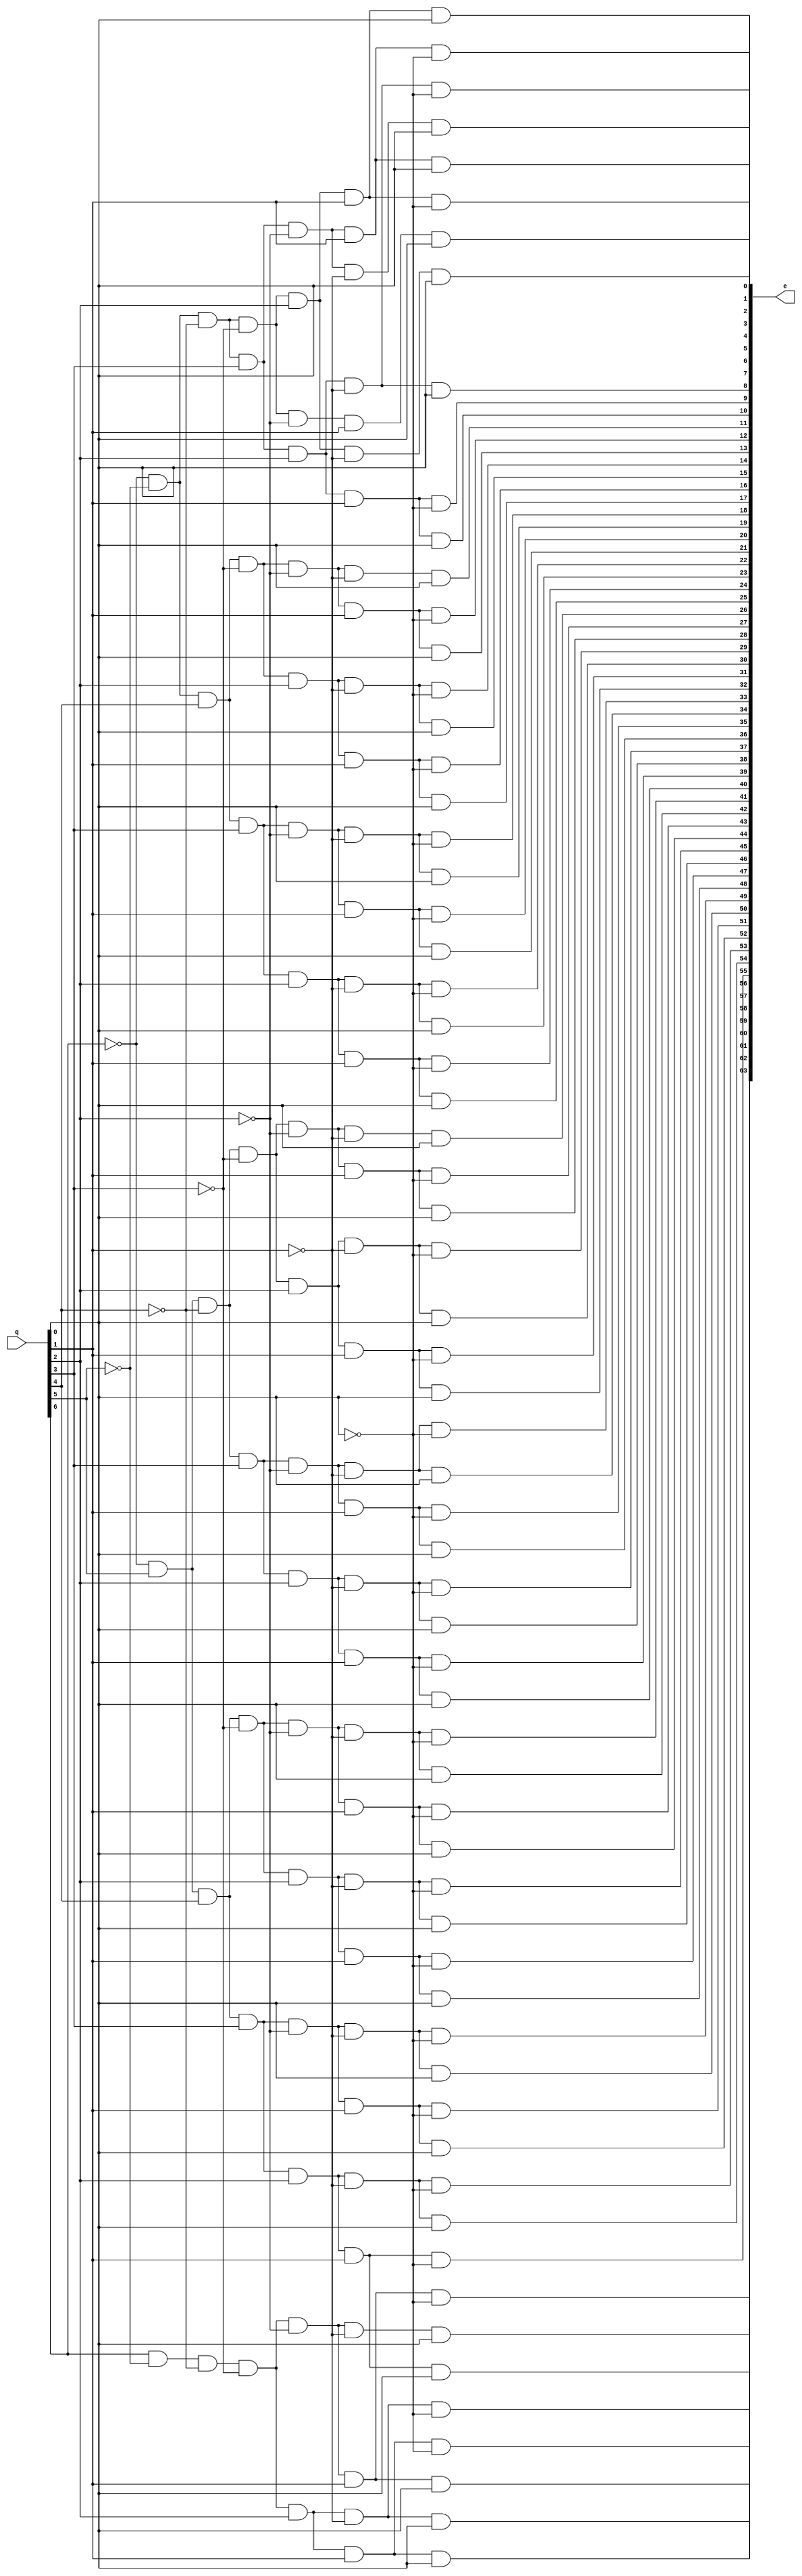
// ========== Copyright Header Begin ==========================================
// 
// OpenSPARC T1 Processor File: sparc_exu_ecc_dec.v
// Copyright (c) 2006 Sun Microsystems, Inc.  All Rights Reserved.
// DO NOT ALTER OR REMOVE COPYRIGHT NOTICES.
// 
// The above named program is free software; you can redistribute it and/or
// modify it under the terms of the GNU General Public
// License version 2 as published by the Free Software Foundation.
// 
// The above named program is distributed in the hope that it will be 
// useful, but WITHOUT ANY WARRANTY; without even the implied warranty of
// MERCHANTABILITY or FITNESS FOR A PARTICULAR PURPOSE.  See the GNU
// General Public License for more details.
// 
// You should have received a copy of the GNU General Public
// License along with this work; if not, write to the Free Software
// Foundation, Inc., 51 Franklin St, Fifth Floor, Boston, MA 02110-1301, USA.
// 
// ========== Copyright Header End ============================================
////////////////////////////////////////////////////////////////////////
/*
//  Module Name: sparc_exu_ecc_dec
//	Description:  Decodes the result from the ecc checking block
// 			into a 64 bit value that is used to correct single bit errors.
//			Correction is performed by e ^ data.
*/
module sparc_exu_ecc_dec (/*AUTOARG*/
   // Outputs
   e, 
   // Inputs
   q
   ) ; 
   input [6:0] q;
   output [63:0] e;

   assign e[0] = ~q[6] & ~q[5] & ~q[4] & ~q[3] & ~q[2] & q[1] & q[0];
   assign e[1] = ~q[6] & ~q[5] & ~q[4] & ~q[3] & q[2] & ~q[1] & q[0];
   assign e[2] = ~q[6] & ~q[5] & ~q[4] & ~q[3] & q[2] & q[1] & ~q[0];
   assign e[3] = ~q[6] & ~q[5] & ~q[4] & ~q[3] & q[2] & q[1] & q[0];
   assign e[4] = ~q[6] & ~q[5] & ~q[4] & q[3] & ~q[2] & ~q[1] & q[0];
   assign e[5] = ~q[6] & ~q[5] & ~q[4] & q[3] & ~q[2] & q[1] & ~q[0];
   assign e[6] = ~q[6] & ~q[5] & ~q[4] & q[3] & ~q[2] & q[1] & q[0];
   assign e[7] = ~q[6] & ~q[5] & ~q[4] & q[3] & q[2] & ~q[1] & ~q[0];
   assign e[8] = ~q[6] & ~q[5] & ~q[4] & q[3] & q[2] & ~q[1] & q[0];
   assign e[9] = ~q[6] & ~q[5] & ~q[4] & q[3] & q[2] & q[1] & ~q[0];
   assign e[10] = ~q[6] & ~q[5] & ~q[4] & q[3] & q[2] & q[1] & q[0];
   assign e[11] = ~q[6] & ~q[5] & q[4] & ~q[3] & ~q[2] & ~q[1] & q[0];
   assign e[12] = ~q[6] & ~q[5] & q[4] & ~q[3] & ~q[2] & q[1] & ~q[0];
   assign e[13] = ~q[6] & ~q[5] & q[4] & ~q[3] & ~q[2] & q[1] & q[0];
   assign e[14] = ~q[6] & ~q[5] & q[4] & ~q[3] & q[2] & ~q[1] & ~q[0];
   assign e[15] = ~q[6] & ~q[5] & q[4] & ~q[3] & q[2] & ~q[1] & q[0];
   assign e[16] = ~q[6] & ~q[5] & q[4] & ~q[3] & q[2] & q[1] & ~q[0];
   assign e[17] = ~q[6] & ~q[5] & q[4] & ~q[3] & q[2] & q[1] & q[0];
   assign e[18] = ~q[6] & ~q[5] & q[4] & q[3] & ~q[2] & ~q[1] & ~q[0];
   assign e[19] = ~q[6] & ~q[5] & q[4] & q[3] & ~q[2] & ~q[1] & q[0];
   assign e[20] = ~q[6] & ~q[5] & q[4] & q[3] & ~q[2] & q[1] & ~q[0];
   assign e[21] = ~q[6] & ~q[5] & q[4] & q[3] & ~q[2] & q[1] & q[0];
   assign e[22] = ~q[6] & ~q[5] & q[4] & q[3] & q[2] & ~q[1] & ~q[0];
   assign e[23] = ~q[6] & ~q[5] & q[4] & q[3] & q[2] & ~q[1] & q[0];
   assign e[24] = ~q[6] & ~q[5] & q[4] & q[3] & q[2] & q[1] & ~q[0];
   assign e[25] = ~q[6] & ~q[5] & q[4] & q[3] & q[2] & q[1] & q[0];
   assign e[26] = ~q[6] & q[5] & ~q[4] & ~q[3] & ~q[2] & ~q[1] & q[0];
   assign e[27] = ~q[6] & q[5] & ~q[4] & ~q[3] & ~q[2] & q[1] & ~q[0];
   assign e[28] = ~q[6] & q[5] & ~q[4] & ~q[3] & ~q[2] & q[1] & q[0];
   assign e[29] = ~q[6] & q[5] & ~q[4] & ~q[3] & q[2] & ~q[1] & ~q[0];
   assign e[30] = ~q[6] & q[5] & ~q[4] & ~q[3] & q[2] & ~q[1] & q[0];
   assign e[31] = ~q[6] & q[5] & ~q[4] & ~q[3] & q[2] & q[1] & ~q[0];
   assign e[32] = ~q[6] & q[5] & ~q[4] & ~q[3] & q[2] & q[1] & q[0];
   assign e[33] = ~q[6] & q[5] & ~q[4] & q[3] & ~q[2] & ~q[1] & ~q[0];
   assign e[34] = ~q[6] & q[5] & ~q[4] & q[3] & ~q[2] & ~q[1] & q[0];
   assign e[35] = ~q[6] & q[5] & ~q[4] & q[3] & ~q[2] & q[1] & ~q[0];
   assign e[36] = ~q[6] & q[5] & ~q[4] & q[3] & ~q[2] & q[1] & q[0];
   assign e[37] = ~q[6] & q[5] & ~q[4] & q[3] & q[2] & ~q[1] & ~q[0];
   assign e[38] = ~q[6] & q[5] & ~q[4] & q[3] & q[2] & ~q[1] & q[0];
   assign e[39] = ~q[6] & q[5] & ~q[4] & q[3] & q[2] & q[1] & ~q[0];
   assign e[40] = ~q[6] & q[5] & ~q[4] & q[3] & q[2] & q[1] & q[0];
   assign e[41] = ~q[6] & q[5] & q[4] & ~q[3] & ~q[2] & ~q[1] & ~q[0];
   assign e[42] = ~q[6] & q[5] & q[4] & ~q[3] & ~q[2] & ~q[1] & q[0];
   assign e[43] = ~q[6] & q[5] & q[4] & ~q[3] & ~q[2] & q[1] & ~q[0];
   assign e[44] = ~q[6] & q[5] & q[4] & ~q[3] & ~q[2] & q[1] & q[0];
   assign e[45] = ~q[6] & q[5] & q[4] & ~q[3] & q[2] & ~q[1] & ~q[0];
   assign e[46] = ~q[6] & q[5] & q[4] & ~q[3] & q[2] & ~q[1] & q[0];
   assign e[47] = ~q[6] & q[5] & q[4] & ~q[3] & q[2] & q[1] & ~q[0];
   assign e[48] = ~q[6] & q[5] & q[4] & ~q[3] & q[2] & q[1] & q[0];
   assign e[49] = ~q[6] & q[5] & q[4] & q[3] & ~q[2] & ~q[1] & ~q[0];
   assign e[50] = ~q[6] & q[5] & q[4] & q[3] & ~q[2] & ~q[1] & q[0];
   assign e[51] = ~q[6] & q[5] & q[4] & q[3] & ~q[2] & q[1] & ~q[0];
   assign e[52] = ~q[6] & q[5] & q[4] & q[3] & ~q[2] & q[1] & q[0];
   assign e[53] = ~q[6] & q[5] & q[4] & q[3] & q[2] & ~q[1] & ~q[0];
   assign e[54] = ~q[6] & q[5] & q[4] & q[3] & q[2] & ~q[1] & q[0];
   assign e[55] = ~q[6] & q[5] & q[4] & q[3] & q[2] & q[1] & ~q[0];
   assign e[56] = ~q[6] & q[5] & q[4] & q[3] & q[2] & q[1] & q[0];
   assign e[57] = q[6] & ~q[5] & ~q[4] & ~q[3] & ~q[2] & ~q[1] & q[0];
   assign e[58] = q[6] & ~q[5] & ~q[4] & ~q[3] & ~q[2] & q[1] & ~q[0];
   assign e[59] = q[6] & ~q[5] & ~q[4] & ~q[3] & ~q[2] & q[1] & q[0];
   assign e[60] = q[6] & ~q[5] & ~q[4] & ~q[3] & q[2] & ~q[1] & ~q[0];
   assign e[61] = q[6] & ~q[5] & ~q[4] & ~q[3] & q[2] & ~q[1] & q[0];
   assign e[62] = q[6] & ~q[5] & ~q[4] & ~q[3] & q[2] & q[1] & ~q[0];
   assign e[63] = q[6] & ~q[5] & ~q[4] & ~q[3] & q[2] & q[1] & q[0];
   
endmodule // sparc_exu_ecc_dec